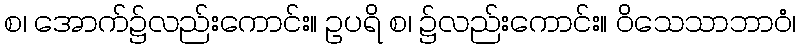
စ၊ အောက်၌လည်းကောင်း။ ဥပရိ စ၊ ၌လည်းကောင်း။ ဝိသေသာဘာဝံ၊